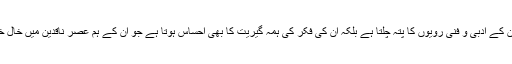
اس سے نہ صرف ان کے ادبی و فنی رویوں کا پتہ چلتا ہے بلکہ ان کی فکر کی ہمہ گیریت کا بھی احساس ہوتا ہے جو ان کے ہم عصر ناقدین میں خال خال ہی نظر آتی ہے۔